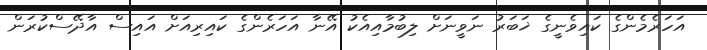
އަހަރެމެންގެ ކައިވެނީގެ ޚަބަރު ނަވީނަށް ލިބުމާއިއެކު އޭނާ އަހަރެންގެ ކައިރިއަށް އައިސް އާދޭސްކުރަން